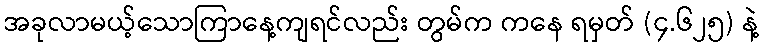
အခုလာမယ့်သောကြာနေ့ကျရင်လည်း တွမ်က ကနေ ရမှတ် (၄.၆၂၅) နဲ့